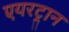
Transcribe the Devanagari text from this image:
एयरट्रान